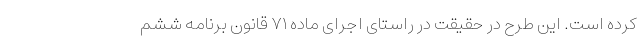
کرده است. این طرح در حقیقت در راستای اجرای ماده ۷۱ قانون برنامه ششم